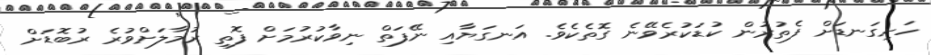
ހަށިގަނޑަށް ފެތުރުން ކުޑަކުރެވޭނެ ގޮތެކެވެ. އަނގަޔާއި ނޭފަތް ނިވާކުރުމަށް ފޮތި ރުމާލަށްވުރެ ރުބޮޑަށް